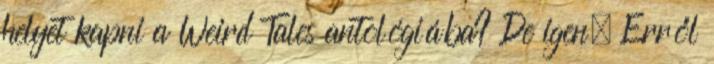
helyet kapni a Weird Tales antológiába? De igen. Erről